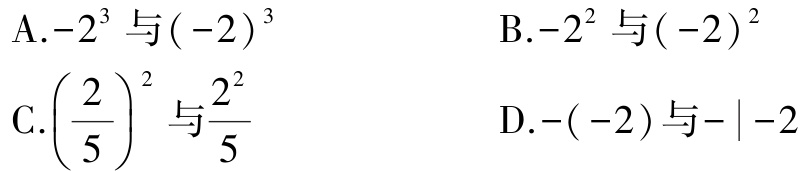
A.$-2^{3}$与$(-2)^{3}$
B.$-2^{2}$与$(-2)^{2}$
C.$\left(\dfrac{2}{5}\right)^{2}$与$\dfrac{2^{2}}{5}$
D.$-(-2)$与$-\vert -2\vert$